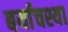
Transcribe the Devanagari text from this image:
बर्याचश्या